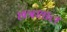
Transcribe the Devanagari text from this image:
छत्रशाल